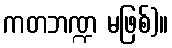
ကတဘဏ္ဍ မဖြစ်)။